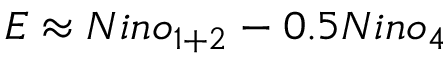
E \approx N i n o _ { 1 + 2 } - 0 . 5 N i n o _ { 4 }